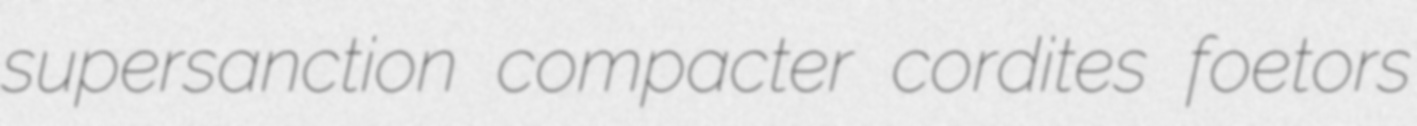
supersanction compacter cordites foetors